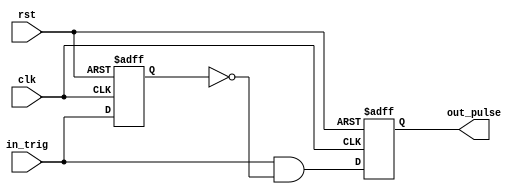
`timescale 1ns / 1ps
//////////////////////////////////////////////////////////////////////////////////
// Company: 
// Engineer: 
// 
// Design Name: 
// Module Name: one_pulse
// Project Name: 
// Target Devices: 
// Tool Versions: 
// Description: 
// 
// Dependencies: 
// 
// Revision:
// Revision 0.01 - File Created
// Additional Comments:
// 
//////////////////////////////////////////////////////////////////////////////////


module one_pulse(
  clk,  // clock input
  rst, //active low reset
  in_trig, // input trigger
  out_pulse // output one pulse 
);

// Declare I/Os
input clk;  // clock input
input rst; //active low reset
input in_trig; // input trigger
output out_pulse; // output one pulse 
reg out_pulse; // output one pulse 

// Declare internal nodes
reg in_trig_delay;

// Buffer input 
always @(posedge clk or posedge rst)
  if (rst==1)
    in_trig_delay <= 1'b0; 
  else
    in_trig_delay <= in_trig;

// Pulse generation
assign out_pulse_next = in_trig & (~in_trig_delay);

always @(posedge clk or posedge rst)
  if (rst==1)
    out_pulse <=1'b0;
  else
    out_pulse <= out_pulse_next;

endmodule